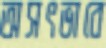
অসৎভাবে